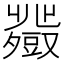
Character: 𧰍